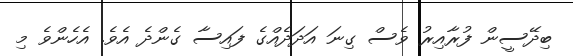
ބިދޭސީން ފުރާއިރު ވެސް ގިނަ އަދަދެއްގެ ފައިސާ ގެންދެ އެވެ. އެހެންވެ މި